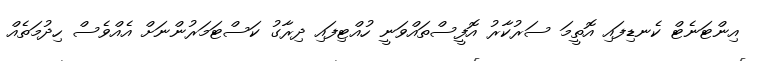
އިންޓަނެޓް ކެނޑިފައި އޮތީމަ ސަރުކާރު އޮފީސްތައްވަނީ ހުއްޓިފައި ދިރާގު ކަސްޓަމަރުންނަށް އެއްވެސް ހިދުމަތެއް